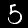
Label: 5